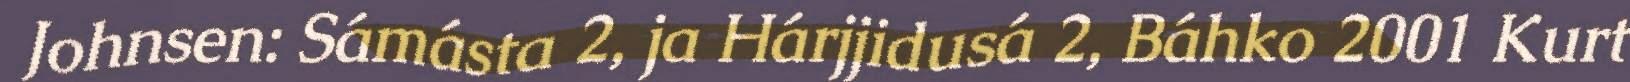
Johnsen: Sámásta 2, ja Hárjjidusá 2, Báhko 2001 Kurt